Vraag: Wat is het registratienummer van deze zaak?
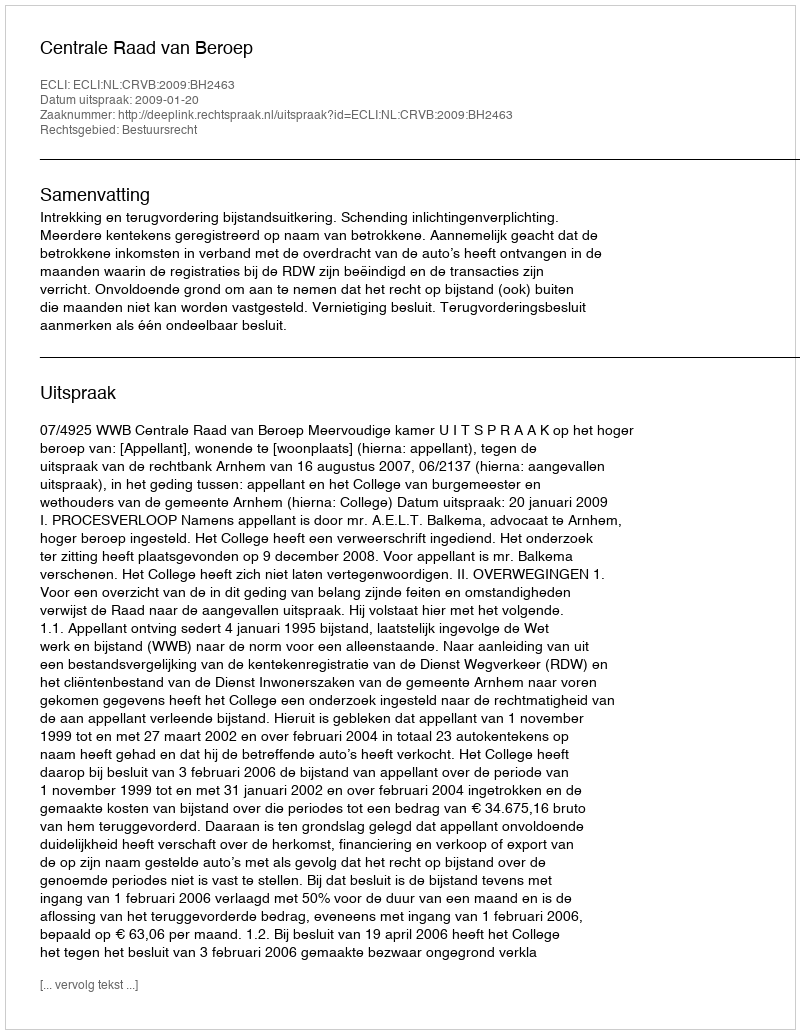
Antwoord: http://deeplink.rechtspraak.nl/uitspraak?id=ECLI:NL:CRVB:2009:BH2463